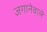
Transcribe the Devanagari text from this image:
जगानेवाले